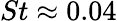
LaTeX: St\approx 0.04